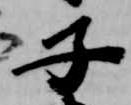
子